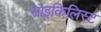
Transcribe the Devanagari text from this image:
साइकिलिस्ट